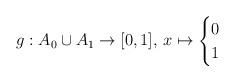
LaTeX: \begin{align*} g:A_0\cup A_1 \to [0,1],\,x\mapsto \begin{cases} 0 & \\ 1 & \end{cases} \end{align*}